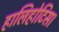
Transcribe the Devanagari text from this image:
हालिहोटिस।